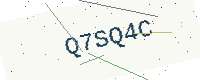
Text: Q7SQ4C